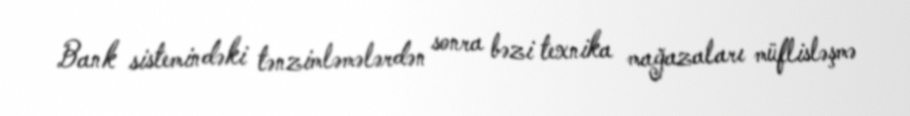
Bank sistemindəki tənzimləmələrdən sonra bəzi texnika mağazaları müflisləşmə